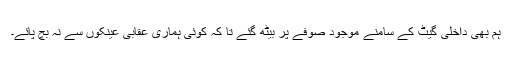
ہم بھی داخلی گیٹ کے سامنے موجود صوفے پر بیٹھ گئے تا کہ کوئی ہماری عقابی عینکوں سے نہ بچ پائے۔